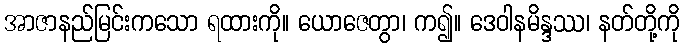
အာဇာနည်မြင်းကသော ရထားကို။ ယောဇေတွာ၊ က၍။ ဒေဝါနမိန္ဒဿ၊ နတ်တို့ကို